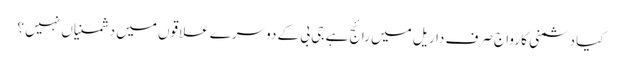
کیا دشمنی کا رواج صرف داریل میں رائج ہے جی بی کے دوسرے علاقوں میں دشمنیاں نہیں ؟